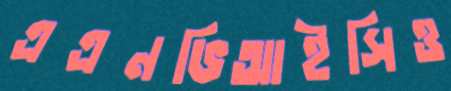
এএনভিআইসিও